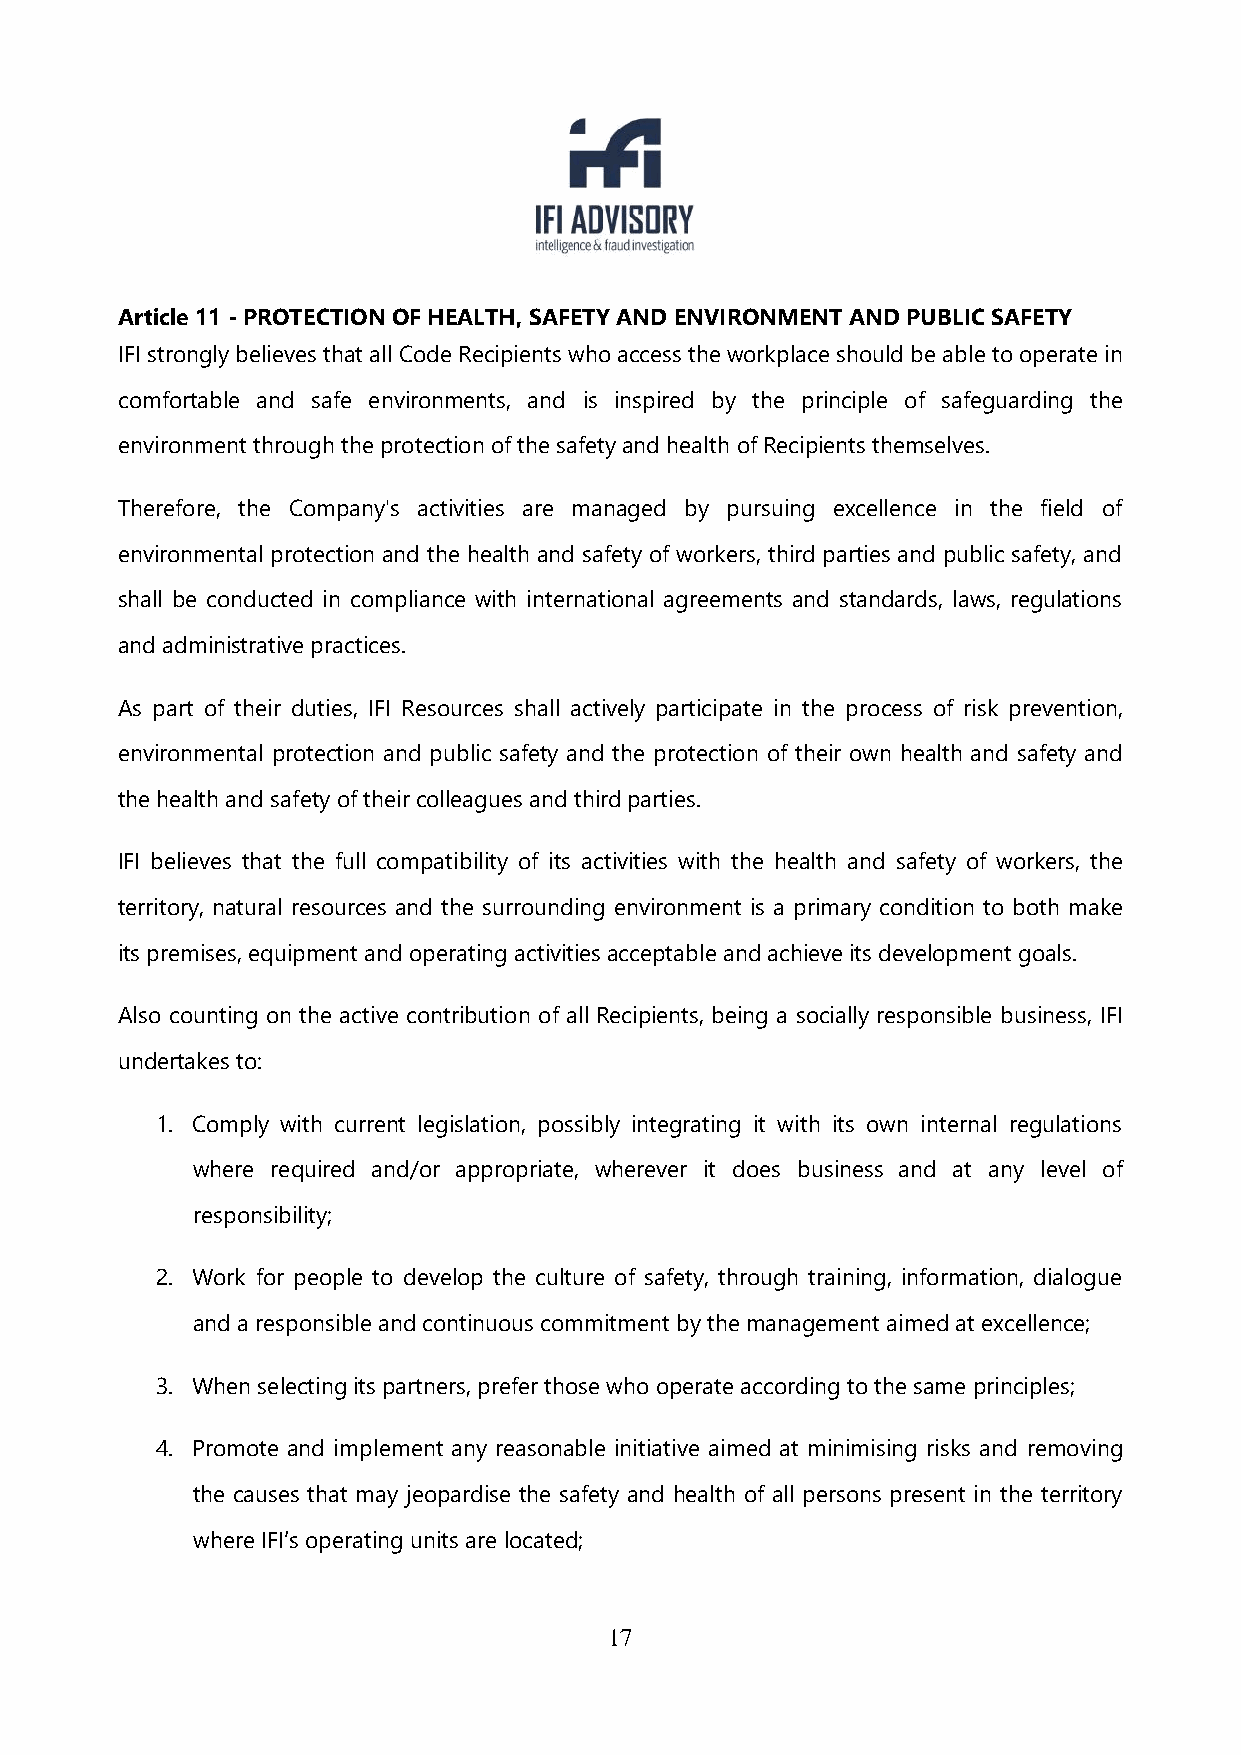
Article 11 - PROTECTION OF HEALTH, SAFETY AND ENVIRONMENT AND PUBLIC SAFETY
 IFI strongly believes that all Code Recipients who access the workplace should be able to operate in
 comfortable and safe environments, and is inspired by the principle of safeguarding the
 environment through the protection of the safety and health of Recipients themselves.
 Therefore, the Company's activities are managed by pursuing excellence in the field of
 environmental protection and the health and safety of workers, third parties and public safety, and
 shall be conducted in compliance with international agreements and standards, laws, regulations
 and administrative practices.
 As part of their duties, IFI Resources shall actively participate in the process of risk prevention,
 environmental protection and public safety and the protection of their own health and safety and
 the health and safety of their colleagues and third parties.
 IFI believes that the full compatibility of its activities with the health and safety of workers, the
 territory, natural resources and the surrounding environment is a primary condition to both make
 its premises, equipment and operating activities acceptable and achieve its development goals.
 Also counting on the active contribution of all Recipients, being a socially responsible business, IFI
 undertakes to:
 1. Comply with current legislation, possibly integrating it with its own internal regulations
 where required and/or appropriate, wherever it does business and at any level of
 responsibility;
 2. Work for people to develop the culture of safety, through training, information, dialogue
 and a responsible and continuous commitment by the management aimed at excellence;
 3. When selecting its partners, prefer those who operate according to the same principles;
 4. Promote and implement any reasonable initiative aimed at minimising risks and removing
 the causes that may jeopardise the safety and health of all persons present in the territory
 where IFI’s operating units are located;
 17